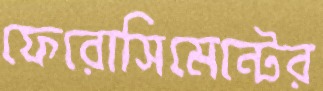
ফেরোসিমেন্টের